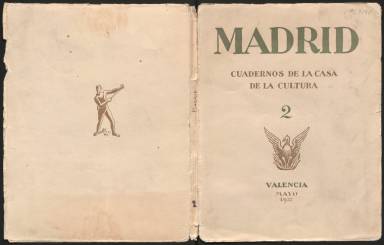
Título: Madrid (Valencia)
Colección: Cultura
Ámbito geográfico: Valencia
Fechas: 01/01/1937-31/12/1938